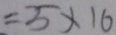
= 5 \times 1 6